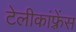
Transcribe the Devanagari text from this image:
टेलीकांफ़्रेंस